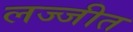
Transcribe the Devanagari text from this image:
लज्जीत